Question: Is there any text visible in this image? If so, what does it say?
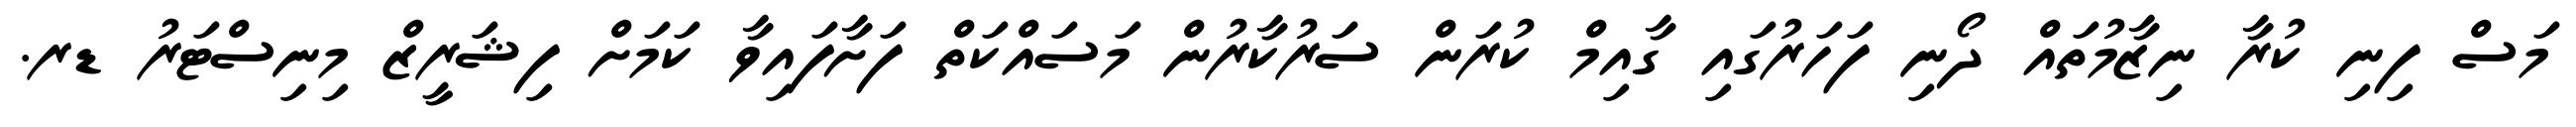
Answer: މަސް ފިނި ކުރާ ނިޒާމުތައް ދޯނި ފަހަރުގައި ގާއިމް ކުރަން ސަރުކާރުން މަސައްކަތް ފަށާފައިވާ ކަމަށް ފިޝަރީޒް މިނިސްޓަރު ޑރ.